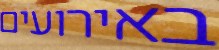
באירועים